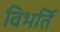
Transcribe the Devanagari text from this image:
विभर्ति